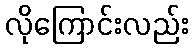
လိုကြောင်းလည်း